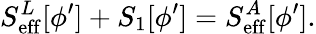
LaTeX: S_{\mathrm{eff}}^{L}[\phi^{\prime}]+S_{1}[\phi^{\prime}]=S_{\mathrm{eff}}^{A}[\phi^{\prime}].